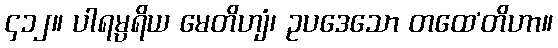
၄၁၂။ ပါရမ္ပရိယ မေတိဟျံ၊ ဥပဒေသော တထေ’တိဟာ။